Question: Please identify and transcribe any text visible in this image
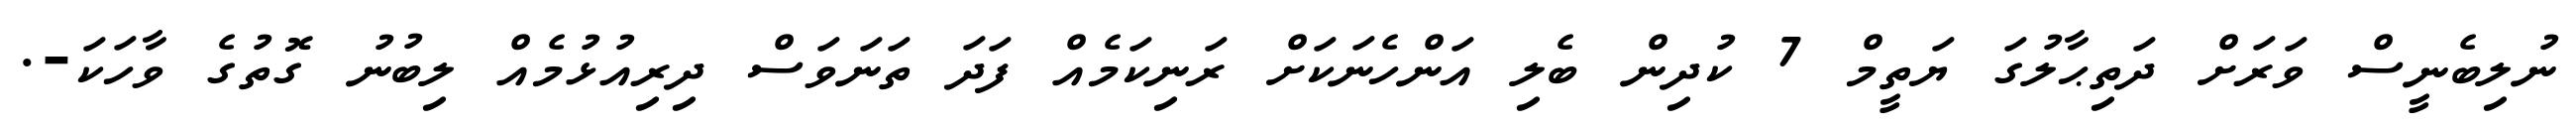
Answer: ނުލިބެނީސް ވަރަށް ދަތިޙާލުގަ ޔަތީމް 7 ކުދިން ބެލި އަންހެނަކަށް ރަނިކަމެއް ފަދަ ތަނަވަސް ދިރިއުޅުމެއް ލިބުނު ގޮތުގެ ވާހަކަ-.